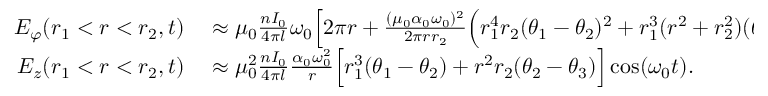
\begin{array} { r l } { E _ { \varphi } ( r _ { 1 } < r < r _ { 2 } , t ) } & { { } \approx \mu _ { 0 } \frac { n I _ { 0 } } { 4 \pi l } \omega _ { 0 } \Big [ 2 \pi r + \frac { ( \mu _ { 0 } \alpha _ { 0 } \omega _ { 0 } ) ^ { 2 } } { 2 \pi r r _ { 2 } } \Big ( r _ { 1 } ^ { 4 } r _ { 2 } ( \theta _ { 1 } - \theta _ { 2 } ) ^ { 2 } + r _ { 1 } ^ { 3 } ( r ^ { 2 } + r _ { 2 } ^ { 2 } ) ( \theta _ { 1 } - \theta _ { 2 } ) ( \theta _ { 2 } - \theta _ { 3 } ) + r ^ { 2 } r _ { 2 } ^ { 3 } ( \theta _ { 2 } - \theta _ { 3 } ) ^ { 2 } \Big ) } \\ { E _ { z } ( r _ { 1 } < r < r _ { 2 } , t ) } & { { } \approx \mu _ { 0 } ^ { 2 } \frac { n I _ { 0 } } { 4 \pi l } \frac { \alpha _ { 0 } \omega _ { 0 } ^ { 2 } } { r } \Big [ r _ { 1 } ^ { 3 } ( \theta _ { 1 } - \theta _ { 2 } ) + r ^ { 2 } r _ { 2 } ( \theta _ { 2 } - \theta _ { 3 } ) \Big ] \cos ( \omega _ { 0 } t ) . } \end{array}